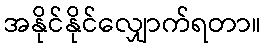
အနိုင်နိုင်လျှောက်ရတာ။